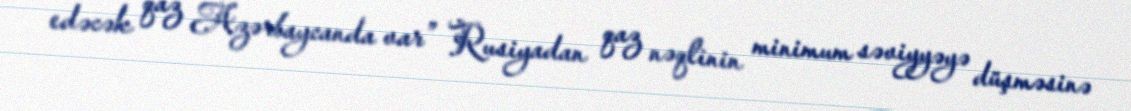
edəcək qaz Azərbaycanda var” Rusiyadan qaz nəqlinin minimum səviyyəyə düşməsinə